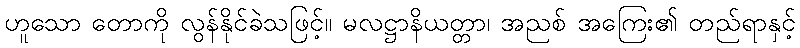
ဟူသော တောကို လွန်နိုင်ခဲသဖြင့်။ မလဋ္ဌာနိယတ္တာ၊ အညစ် အကြေး၏ တည်ရာနှင့်